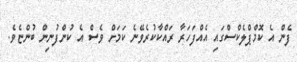
ފެން އެ ކޮމްޕްލެކްސްގައި އެއްފަހަރާ ރައްކާކުރެވޭނެ ކަމަށް ވެސް އެ ކުންފުނިން ބުންޏެވެ.